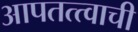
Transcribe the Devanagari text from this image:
आपतत्त्वाची